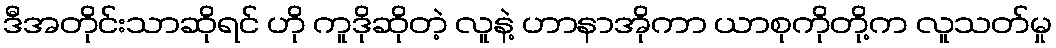
ဒီအတိုင်းသာဆိုရင် ဟို ကူဒိုဆိုတဲ့ လူနဲ့ ဟာနာအိုကာ ယာစုကိုတို့က လူသတ်မှု